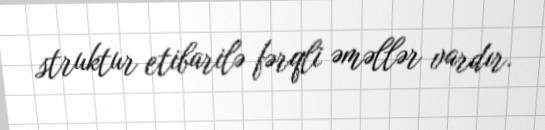
struktur etibarilə fərqli əməllər vardır.